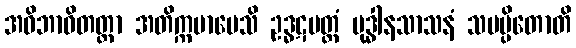
အဝိဘာဝိတတ္တာ အတိက္ကမာပေသိ ဥဒ္ဓဋမတ္တံ ဗုဒ္ဓါနသာသနံ သမပ္ပိတောတိ